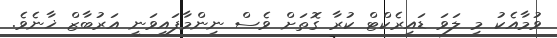
ވުމާއެކު މި ލަވަ ޑައިރެކްޓް ކުރާ ގޮތަށް ވެސް ނިންމާފައިވަނީ އަރުބާޒް ޚާނެވެ.